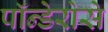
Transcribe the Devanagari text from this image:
पॉन्डेरोसे